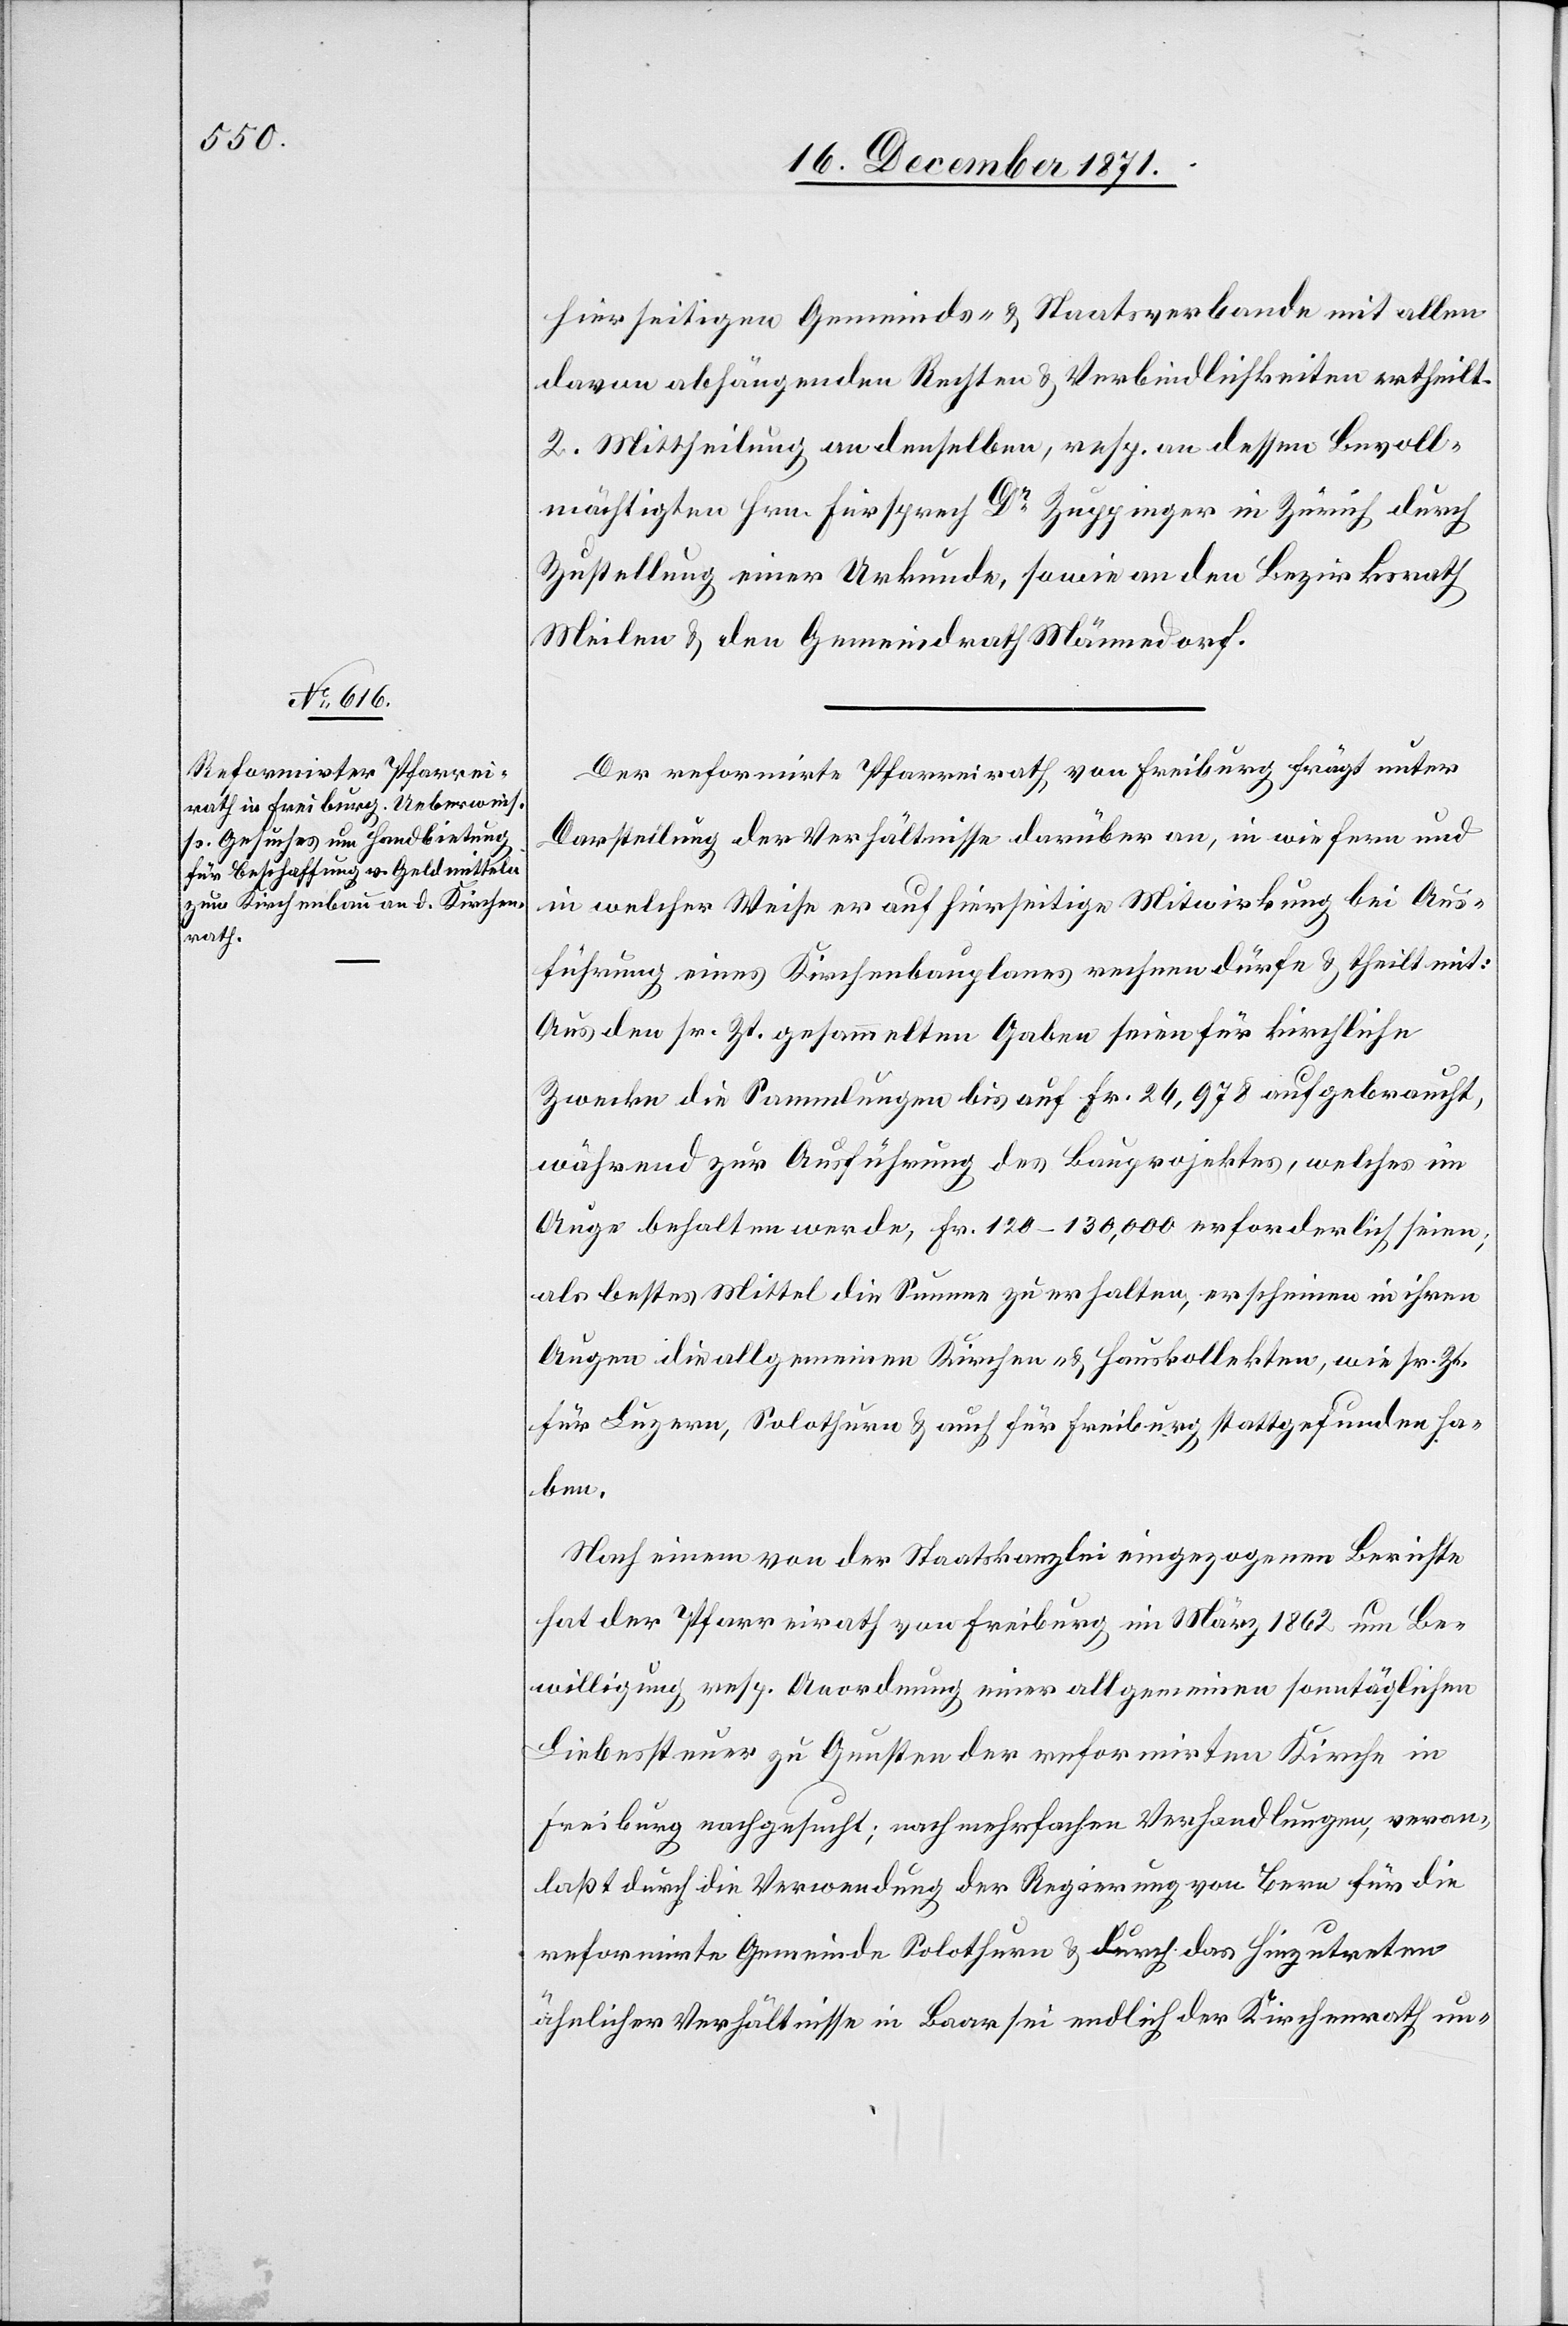
hierseitigen Gemeinds- & Staatenverbande mit allen
davon abhängenden Rechten & Verbindlichkeiten ertheilt.
2. Mittheilung an denselben, resp. an dessen Bevoll¬
mächtigten Hrn. Fürsprech Dr. Zuppinger in Zürich durch
Zustellung einer Urkunde, sowie an den Bezirksrath
Meilen & den Gemeindrath Männedorf.
Der reformirte Pfarreirath von Freiburg frägt unter
Darstellung der Verhältnisse darüber an, inwiefern und
in welcher Weise er auf hierseitige Mitwirkung bei Aus¬
führung eines Kirchenbauplanes rechnen dürfe & theilt mit:
Aus den sr. Zt. gesammelten Gaben seien für kirchliche
Zwecke die Sammlungen bis auf Fr. 26,978 aufgebraucht,
während zur Ausführung des Bauprojektes, welches im
Auge behalten werde, Fr. 120–130,000 erforderlich seien;
als bestes Mittel die Summe zu erhalten, erscheinen in ihren
Augen die allgemeinen Kirchen- & Hauskollekten, wie sr. Zt.
für Luzern, Solothurn & auch für Freiburg stattgefunden ha¬
ben.
Nach einem von der Staatskanzlei eingegangenen Berichte
hat der Pfarreirath von Freiburg im März 1862 um Be¬
willigung resp. Anordnung einer allgemeinen sonntäglichen
Liebessteuer zu Gunsten der reformirten Kirche in
Freiburg nachgesucht; nach mehrfachen Verhandlungen, veran¬
laßt durch die Verwendung der Regierung von Bern für die
reformirte Gemeinde Solothurn & durch das Hinzutreten
ähnlicher Verhältnisse in Bern sei endlich der Kirchenrath un-